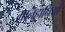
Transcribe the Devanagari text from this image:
मानहानियाँ